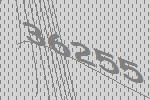
36255